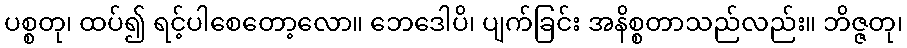
ပစ္စတု၊ ထပ်၍ ရင့်ပါစေတော့လော။ ဘေဒေါပိ၊ ပျက်ခြင်း အနိစ္စတာသည်လည်း။ ဘိဇ္ဇတု၊